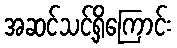
အဆင်သင့်ရှိကြောင်း